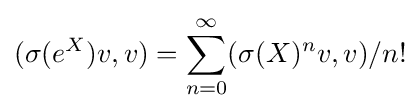
\displaystyle (\sigma (e^{X})v,v)=\sum _{n=0}^{\infty }(\sigma (X)^{n}v,v)/n!